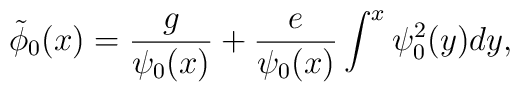
\tilde\phi_0(x)= \frac{g}{\psi_0(x)}+\frac{e}{\psi_0(x)}\int^x\psi_0^2(y)dy,